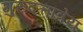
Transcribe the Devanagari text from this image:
गुरुदत्तात्रेय